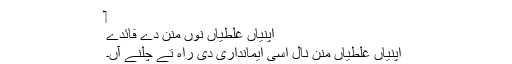
‏
اپنیاں غلطیاں نُوں منن دے فائدے
اپنیاں غلطیاں منن نال اَسی ایمانداری دی راہ تے چلنے آں۔